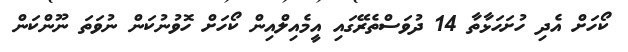
ކޯހަށް އެދި ހުށަހަޅާތާ 14 ދުވަސްތެރޭގައި އީމެއިލްއިން ކޯހަށް ހޮވުނުކަން ނުވަތަ ނޫންކަން